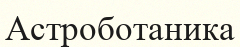
Астроботаника